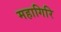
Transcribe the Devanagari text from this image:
महागिरि